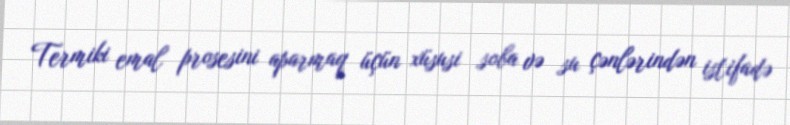
Termiki emal prosesini aparmaq üçün xüsusi soba və su çənlərindən istifadə